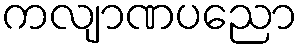
ကလျာဏပညော